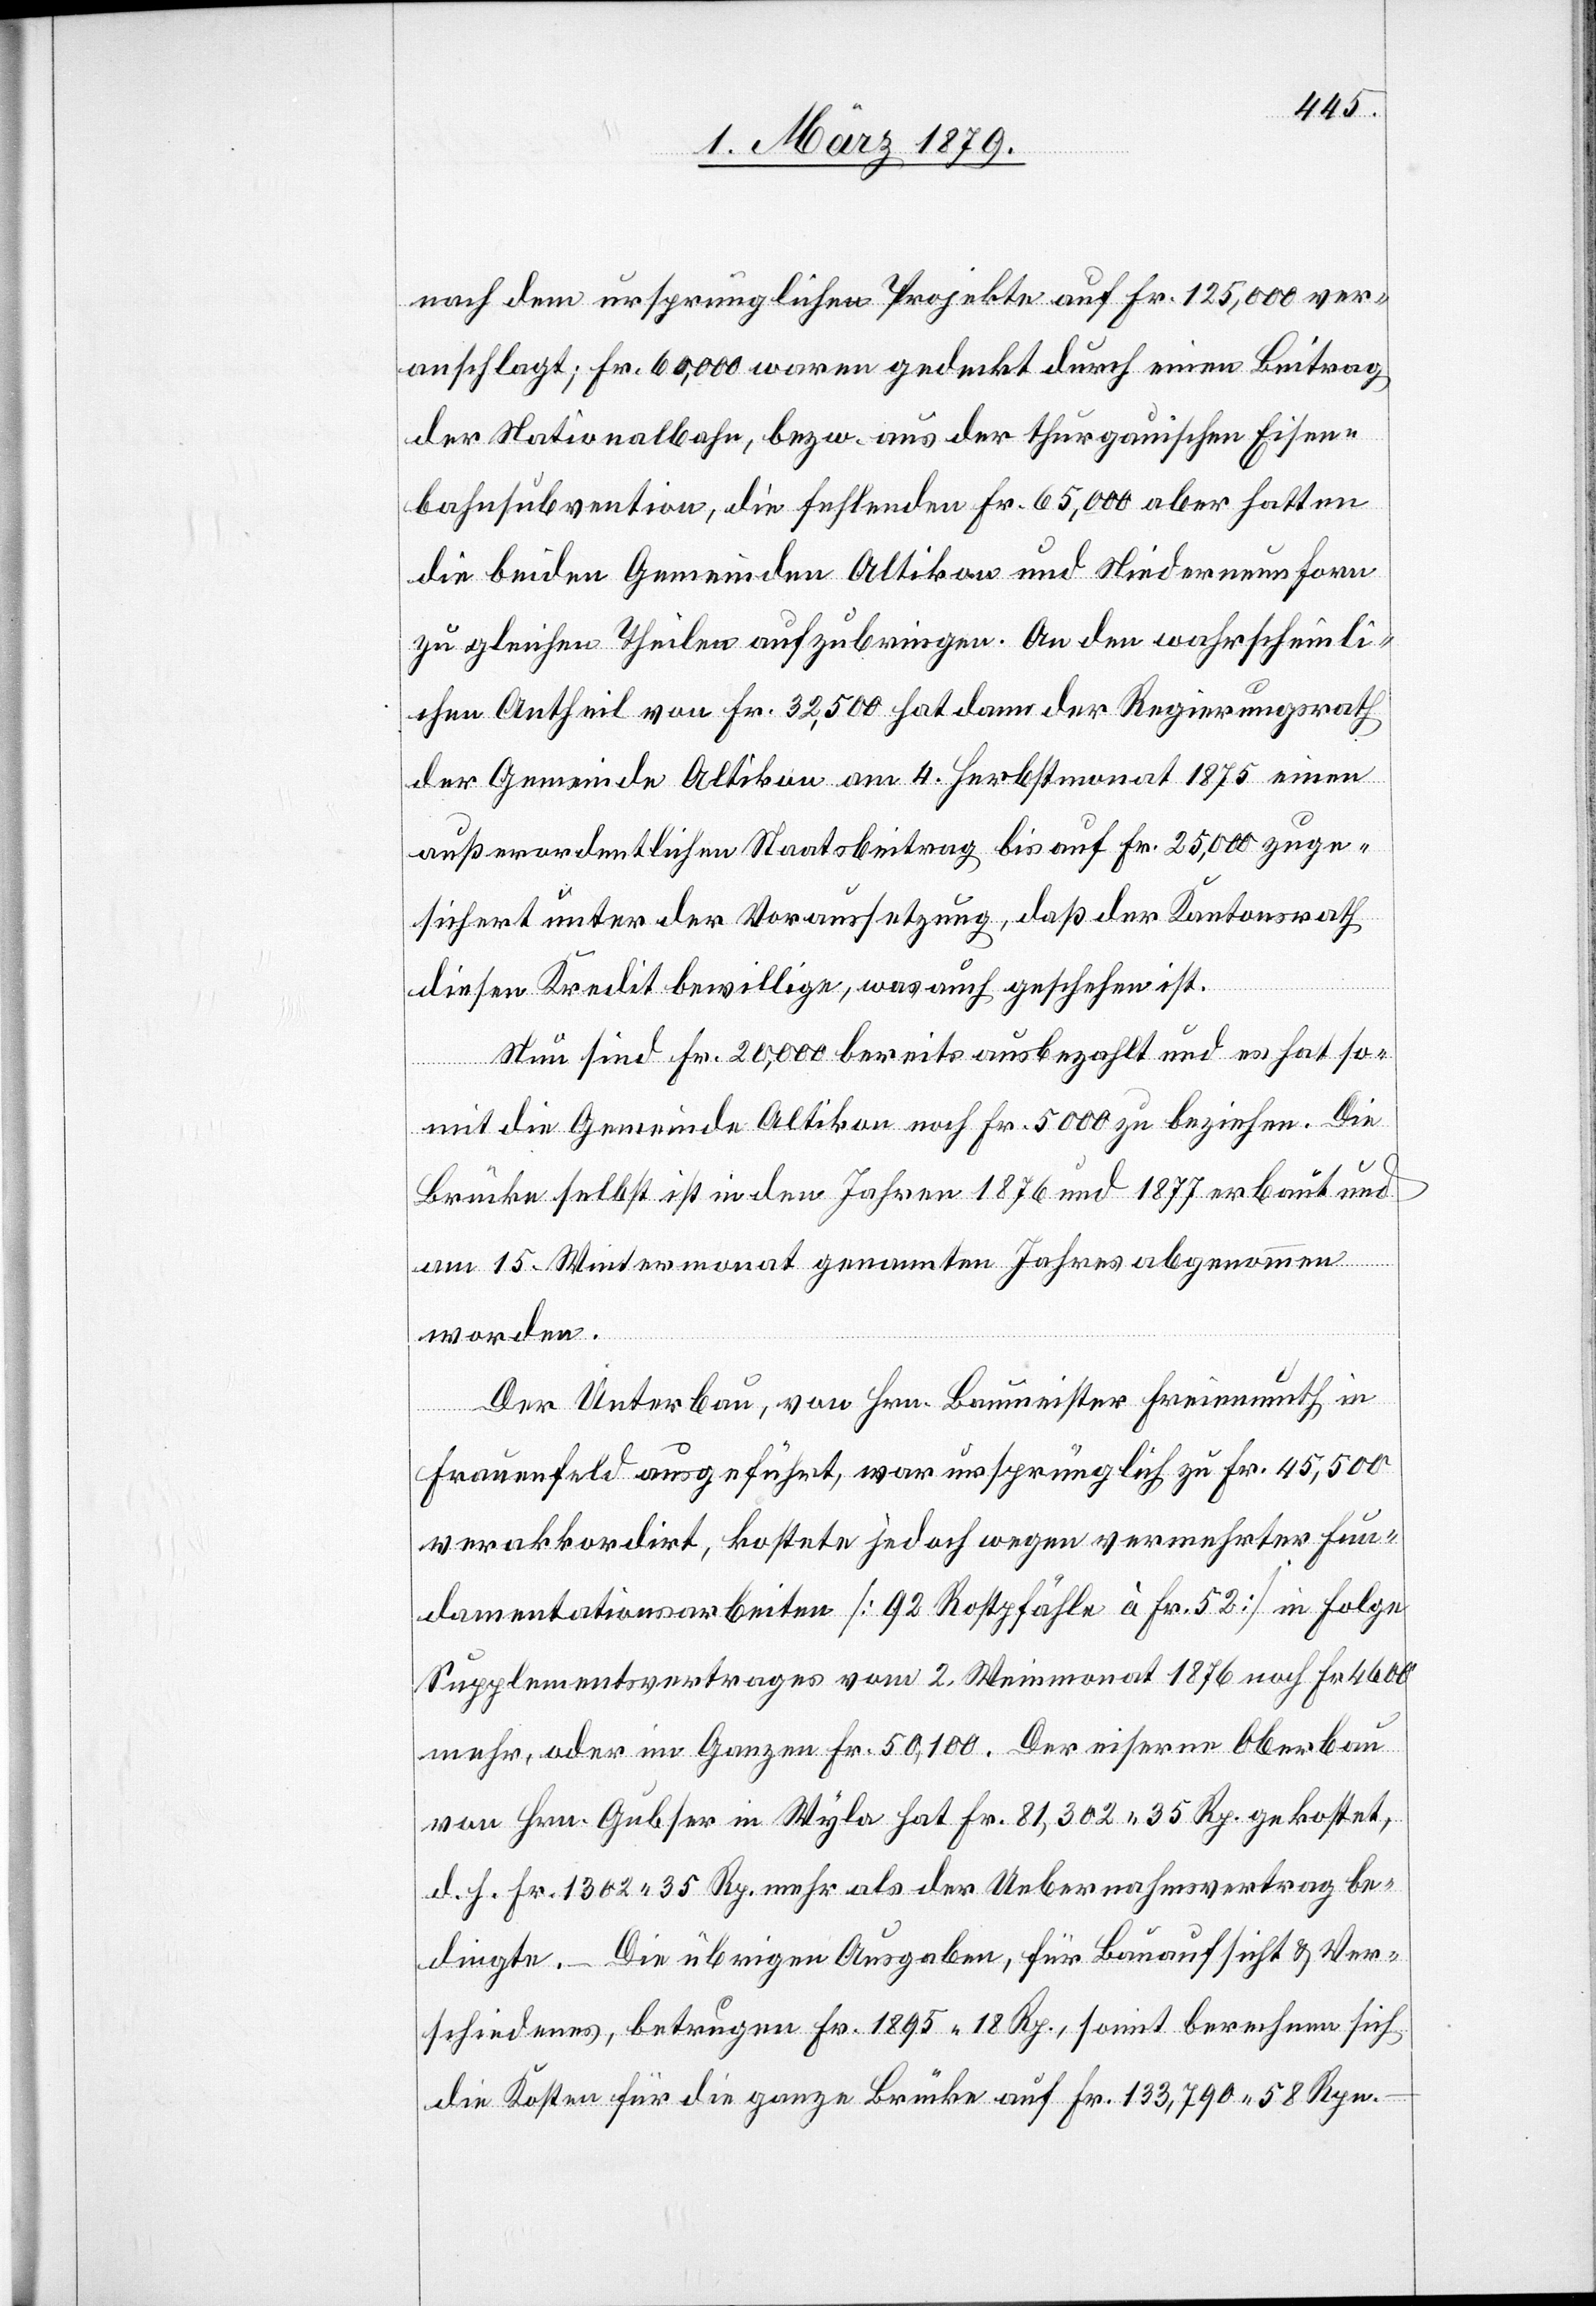
nach dem ursprünglichen Projekte auf Fr. 125,000 ver¬
anschlagt; Fr. 60,000 waren gedeckt durch einen Beitrag
der Nationalbahn, bezw. aus der thurgauischen Eisen¬
bahnsubvention, die fehlenden Fr. 65,000 aber hatten
die beiden Gemeinden Altikon und Niederneunforn
zu gleichen Theilen aufzubringen. An den wahrscheinli¬
chen Antheil von Fr. 32,500 hat dann der Regierungsrath
der Gemeinde Altikon am 4. Herbstmonat 1875 einen
außerordentlichen Staatsbeitrag bis auf Fr. 25,000 zuge¬
sichert unter der Voraussetzung, daß der Kantonsrath
diesen Kredit bewillige, was auch geschehen ist.
Nun sind Fr. 20,000 bereits ausbezahlt und es hat so¬
mit die Gemeinde Altikon noch Fr. 5000 zu beziehen. Die
Brücke selbst ist in den Jahren 1876 und 1877 erbaut und
am 15. Wintermonat genannten Jahres abgenommen
worden.
Der Unterbau, von Hrn. Baumeister Freienmuth in
Frauenfeld ausgeführt, war ursprünglich zu Fr 45,500
verakkordirt, kostete jedoch wegen vermehrter Fun¬
damentationsarbeiten [92 Rostpfähle à Fr. 52] in Folge
Supplementsvertrages vom 2. Weinmonat 1876 noch Fr. 4600
mehr, oder im Ganzen Fr. 50,100. Der eiserne Oberbau
von Hrn. Gubser in Wyla hat Fr 81,302 35 Rp. gekostet,
d. h. Fr. 1302 35 Rp. mehr als der Uebernahmsvertrag be¬
dingte. – Die übrigen Ausgaben, für Bauaufsicht & Ver¬
schiedenes, betrugen Fr. 1895 18 Rp., somit berechnen sich
die Kosten für die ganze Brücke auf Fr. 133,790 58 Rpn.